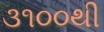
૩૧૦૦થી